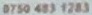
0750 483 1283